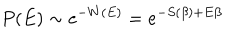
LaTeX: P ( E ) \sim e ^ { - W ( E ) } = e ^ { - S ( \beta ) + E \beta }